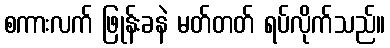
စကားလက် ဖြုန်းခနဲ မတ်တတ် ရပ်လိုက်သည်။